Annual statistical returns and brief notes on vaccination in Bengal - 1896-1909
Year: 1896
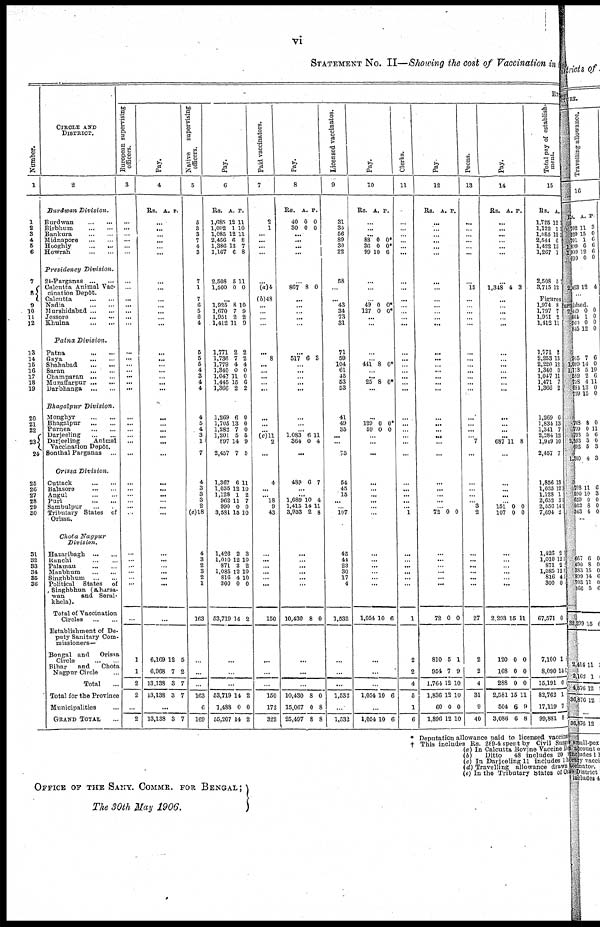
vi
STATEMENT NO. II—Showing the cost of Vaccination in
Number.
1
1
2
3
4
5
6
7
8
9
10
11
12
13
14
15
16
17
18
19
20
21
22
23
24
25
26
27
28
29
30
31
32
33
34
35
36
CIRCLE AND
DISTRICT.
2
Burdwan
Division.
Burdwan
...
...
Birbhum
...
...
Bankura
...
...
Midnapore
...
...
Hooghly
...
...
Howrah
...
...
Presidency
Division.
24-Parganas
...
...
Calcutta Animal Vac-
cination Depôt.
Calcutta
...
...
Nadia
...
...
Murshidabad
...
...
Jossore
...
...
Khulna
...
...
Patna
Division.
Patna
...
...
Gaya
...
...
Shahabad
...
...
Saran
...
...
Champaran
...
...
Muzaffarpur
...
...
Darbhanga
...
...
Bhagalpur
Division.
Monghyr
...
...
Bhagalpur
...
...
Purnea
...
...
Darjeeling
...
...
Darjeeling
Animal
Vaccination Depôt.
Sonthal Parganas
...
Orissa
Division.
Cuttack
...
...
Balasore
...
...
Angul
...
...
Puri
...
...
Sambulpur ... ...
Tributary States of
Orissa.
Chota
Nagpur
Division.
Hazaribagh
...
...
Ranchi
...
...
Palamau
...
...
Manbhum
...
...
Singhbhum
...
...
Political
States
of
Singhbhun (Kharsa-
wan
and Serai-
khela).
Total of Vaccination
Circles
...
...
Establishment of De-
puty Sanitary Com-
missioners—
Bengal and
Orissa
Circle
...
...
Bihar
and
Chota
Nagpur Circle ...
Total ...
Total for the Province
Municipalities ...
GRAND TOTAL ...
EX
European supervising
officers.
3
...
...
...
...
...
...
...
...
...
...
...
...
...
...
...
...
...
...
...
...
...
...
...
...
...
...
...
...
...
...
...
...
...
...
...
...
...
...
...
...
1
1
2
2
...
2
Pay.
4
Rs. A. P.
...
...
...
...
...
...
...
...
...
...
...
...
...
...
...
...
...
...
...
...
...
...
...
...
...
...
...
...
...
...
...
...
...
...
...
...
...
...
...
...
6,169
6,968
13,138
13,138
12
7
3
3
5
2
7
7
...
13,138 3 7
Native
supervising
officers.
5
5
3 3
7
4
3
7
1
7
6
5
6
4
5
5
5
4
3
4
4
4
5
4
3
1
7
4
3
3
3
2
(e)18
4
3
2
3
2
1
163
...
...
...
...
163
6
169
Pay.
6
Rs.
1,685
1,092
1,085
2,456
1,386
1,167
A.
12
1
12
6
13
6
P.
11
10
11
8 7
8
2,508
1,500
5
0
11
0
...
1,925
1,670
1,951
1,412
8
7
2
11
10
9
2
9
1,771
1,736
1,779
1,340
1,047
1,445
1,366
2
7
4
0
11
15
2
2
2
4
0
0
6
2
1,269
1,705
1,282
1,201
897
2,457
6
13
7
5
14
7
0
0
0
5
9
5
1,367
1,035
1,128
962
990
3,581
6
12
1
11
0
15
11
10
2
7
0
10
1,426
1,010
871
1,085
816
300
53,719
2
12
2
12
4
0
14
3
10
2
10
10
0
2
...
...
...
...
53,719
1,488
55,207
14
0
14
2
0
2
Paid vaccinators.
7
2
1
...
...
...
...
...
(a)4
(b)48
...
...
...
...
...
8
...
...
...
...
...
...
...
...
(c)11
2
...
4
...
... 18
9
43
...
...
...
...
...
...
150
...
...
...
...
150
172
322
Pay.
8
Rs.
40
30
A.
0
0
P.
0
0
...
...
...
...
...
867 8 0
...
...
...
...
...
...
517 6 9
...
...
...
...
...
...
...
...
1,083
364
6
0
11
4
...
489 6 7
...
...
1,689
1,415
3,933
10
14
2
4
11
8
...
...
...
...
...
...
10,430 8 0
...
...
...
...
10,430
15,067
25,497
8
0
8
0
8
8
Licensed vaccinatos.
9
31
35
56
89
30
22
58
...
...
43
34
73
31
71
59
104
61
45
53
53
41
49
35
...
...
75
54
45
15
...
...
107
45
44
23
30
17
4
1,532
...
...
...
...
1,532
1,532
Pay.
10
Rs. A. P.
...
...
...
88
36
99
0
0
10
0*
0*
6
...
...
...
49
127
0
0
0*
0*
...
...
...
...
441 8 0*
...
...
25 8 0*
...
...
129
59
0
0
0*
0
...
...
...
...
...
...
...
...
...
...
...
...
...
...
...
1,054 10 6
...
...
...
...
1,054 10 6
...
1,054 10 6
Clerks.
11
...
...
...
...
...
...
...
...
...
...
...
...
...
...
...
...
...
...
...
...
...
...
...
...
...
...
...
...
...
...
...
1
...
...
...
... ...
...
1
...
2
2
4
5
1
6
Pay.
12
Rs. A. P.
...
...
...
...
...
...
...
...
...
...
...
...
...
...
...
...
...
...
...
...
...
...
...
...
...
...
...
...
...
...
...
72 0 0
...
...
...
...
...
...
72 0 0
...
810
954
1,764
1,836
60
1,896
5
7
12
12
0
12
1
9
10
10
0
10
Peons.
13
...
...
...
...
...
...
...
15
...
...
...
...
...
...
...
...
...
...
...
...
...
...
...
...
7
...
...
...
...
...
3
2
...
...
...
...
...
...
27
...
2
2
4
31
9
40
Pay.
14
Rs. A. P.
...
...
...
...
...
...
...
1,348 4 3
...
...
...
...
...
...
...
...
...
...
...
...
...
...
...
...
687 11 8
...
...
...
...
...
151
107
0
0
0
0
...
...
...
...
...
...
2,293 15 11
...
120
168
288
2,581
504
3,086
0
0
0
15
6
6
0
0
0
11
9
8
Total pay of establish-
ment.
15
Rs.
1,725
1,122
1,085
2,544
1,422
1,267
2,508
3,715
A.
12
1
12
6
13
1
5
12
Figures
1,974
1,797
1,951
1,412
8
7
2
11
1,771
2,253
2,220
1,340
1,047
1,471
1,366
2
13
12
0
11
7
2
1,269
1,834
1,341
2,284
1,919
2,457
1,856
1,035
1,128
2,652
2,556
7,694
6
13
7
12
10
7
13
12
1
5
14
2
1,426
1,010
871
1,085
816
300
67,571
2
12
2
12
4
0
0
...
7,100
8,090
15,191
82,762
17,119
99,881
1
14
0
1
7
8
* Deputation allowance paid to licensed vaccinat
† This includes Rs. 289.4 spent by Civil Surgen
(a) In Calcutta Bovine Vaccine
(b)
Ditto
48 includes 20
(c) In Darjceling 11 includes 1
(d) Travelling allowance drawn
(e) In the Tributary States of Or
OFFICE OF THE SANY. COMMR. FOR BENGAL;
The 30th May 1906.